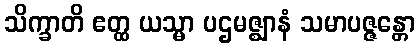
သိက္ခာတိ ဧတ္ထ ယသ္မာ ပဌမဇ္ဈာနံ သမာပဇ္ဇန္တော